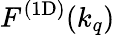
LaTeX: \mathinner{F^{\mathrm{(1D)}}\mathopen{\left(k_{q}\right)}}